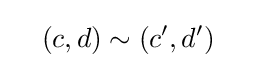
\quad (c,d)\sim (c',d')\quad